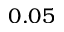
0 . 0 5